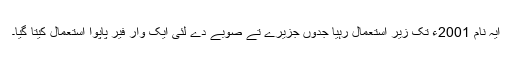
ایہ نام 2001ء تک زیر استعمال رہیا جدوں جزیرے تے صوبے دے لئی ایک وار فیر پاپوا استعمال کیتا گیا۔